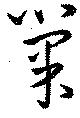
巣